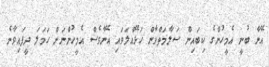
އޭނާ ބުނީ އެމީހުންގެ ކިބައިން ސަލާމަތްވާން ހަޅޭއްލަވައި އޭނާވެސް އެމީހުންނަށް ހަމަލަ ދީފައިވާނެ